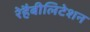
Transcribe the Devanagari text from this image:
रेहैबीलिटेशन